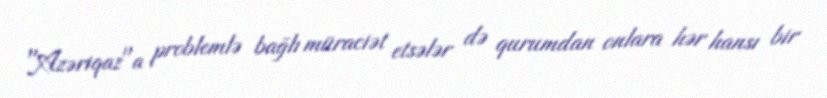
"Azəriqaz"a problemlə bağlı müraciət etsələr də qurumdan onlara hər hansı bir